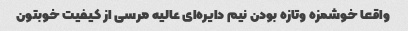
واقعا خوشمزه و‌تازه بودن نیم دایره‌ای عالیه مرسی از کیفیت خوبتون